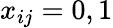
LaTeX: x_{ij}=0,1